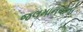
જલમાનવાનો